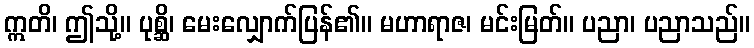
ဣတိ၊ ဤသို့။ ပုစ္ဆိ၊ မေးလျှောက်ပြန်၏။ မဟာရာဇ၊ မင်းမြတ်။ ပညာ၊ ပညာသည်။